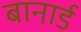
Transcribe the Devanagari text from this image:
बानार्ड